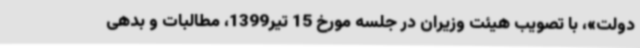
دولت»، با تصویب هیئت وزیران در جلسه مورخ 15 تیر1399، مطالبات و بدهی